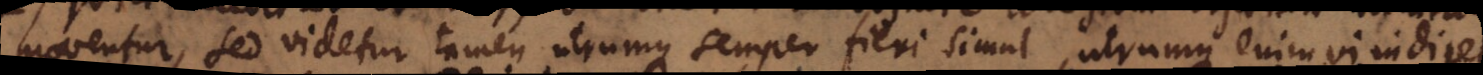
moventur, sed videtur tamen utrumque semper fieri simul, utrumque enim vi indiget.